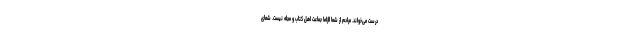
درست می‌خوانَد. مرادم از شما الزاماً جماعت اهل کتاب و مجله نیست. شمای